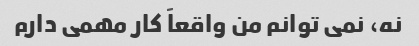
نه، نمی توانم من واقعاً کار مهمی دارم